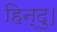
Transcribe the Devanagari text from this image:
हिन्दु।